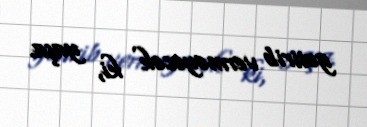
gətirib verməyəcək ki, yaşa.